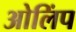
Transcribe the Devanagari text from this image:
ओलिंप